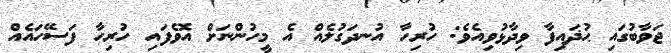
ޖަވާބުގައި ޙުޛައިފާ ވިދާޅުވިއެވެ: ހުރިހާ އުނދަގުލެއް އެ މީހުންނަށް އޮވެފައި ހުރިހާ ފަސޭހައެއް